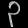
Digit: ၃